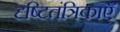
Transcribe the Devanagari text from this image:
दृष्टितंत्रिकाएँ